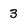
Character: 3